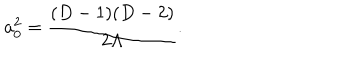
LaTeX: a _ { 0 } ^ { 2 } = { \frac { ( D - 1 ) ( D - 2 ) } { 2 \Lambda } } .